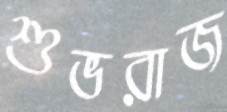
শুভরাজ